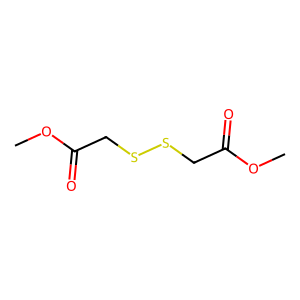
SMILES: COC(=O)CSSCC(=O)OC
Inhibits HIV replication: No